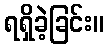
ရရှိခဲ့ခြင်း။